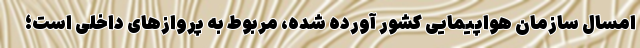
امسال سازمان هواپیمایی کشور آورده شده، مربوط به پروازهای داخلی است؛